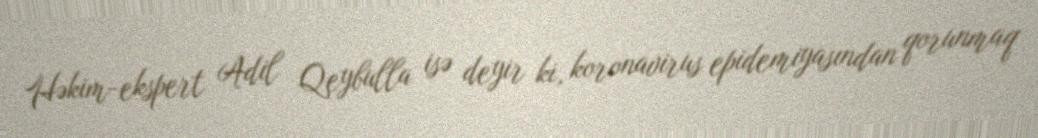
Həkim-ekspert Adil Qeybulla isə deyir ki, koronavirus epidemiyasından qorunmaq